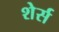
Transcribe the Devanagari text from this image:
शेर्स